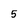
Character: 5